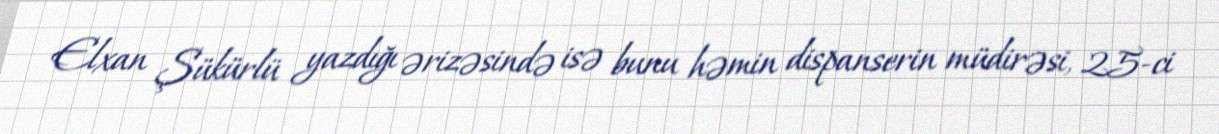
Elxan Şükürlü yazdığı ərizəsində isə bunu həmin dispanserin müdirəsi, 25-ci